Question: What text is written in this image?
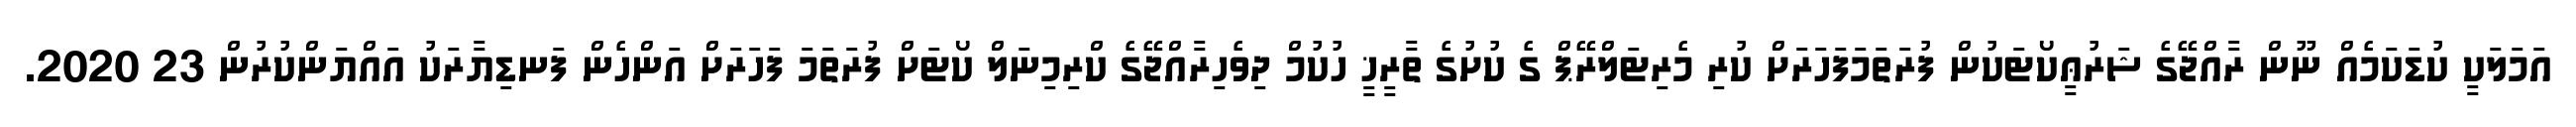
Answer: އަމަލަކީ ކުޑަކަމެއް ނޫން ރާއްޖޭގެ ޝަރުޢީކޯޓަކުން ފުރަތަމަފަހަރަށް ކުރި މެރިޓަލްރޭޕް ގެ ކުށުގެ ތާރީޚީ ހުކުމް ދިވެހިރާއްޖޭގެ ކްރިމިނަލް ކޯޓަށް ފުރަތަމަ ފަހަރަށް އަންހެން ފަނޑިޔާރަކު އައްޔަންކުރުން 23 2020.